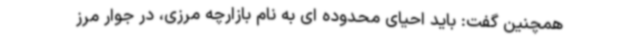
همچنین گفت: باید احیای محدوده ای به نام بازارچه مرزی، در جوار مرز